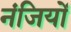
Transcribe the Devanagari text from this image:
नंजियों